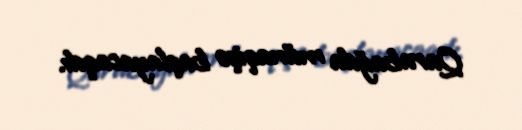
Qarabağda münaqişə başlayacaqdı.